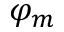
\varphi _ { m }